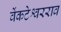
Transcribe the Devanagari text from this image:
वेंकटेश्वरराव